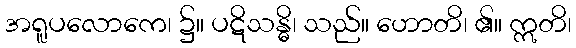
အရူပလောကေ၊ ၌။ ပဋိသန္ဓိ၊ သည်။ ဟောတိ၊ ၏။ ဣတိ၊